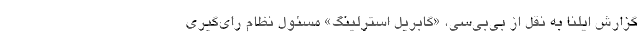
گزارش ایلنا به نقل از بی‌بی‌سی، «گابریل استرلینگ» مسئول نظام رای‌گیری